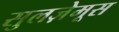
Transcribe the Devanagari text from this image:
सुलज़ेमूस